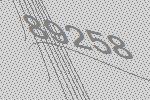
89258